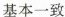
基本一致